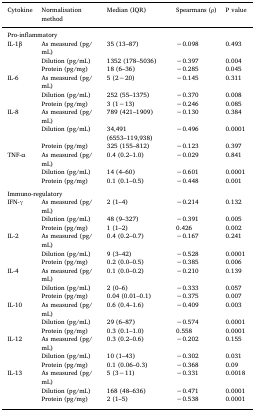
<table><thead><tr><td><b>Cytokine</b></td><td><b>Normalisation method</b></td><td><b>Median (IQR)</b></td><td><b>Spearmans (ρ)</b></td><td><b>P value</b></td></tr></thead><tbody><tr><td colspan="5">Pro-inflammatory</td></tr><tr><td rowspan="3">IL-1β</td><td>As measured (pg/mL)</td><td>35 (13–87)</td><td>−0.098</td><td>0.493</td></tr><tr><td>Dilution (pg/mL)</td><td>1352 (178–5036)</td><td>−0.397</td><td>0.004</td></tr><tr><td>Protein (pg/mg)</td><td>18 (6–36)</td><td>−0.285</td><td>0.045</td></tr><tr><td rowspan="3">IL-6</td><td>As measured (pg/mL)</td><td>5 (2−20)</td><td>−0.145</td><td>0.311</td></tr><tr><td>Dilution (pg/mL)</td><td>252 (55–1375)</td><td>−0.370</td><td>0.008</td></tr><tr><td>Protein (pg/mg)</td><td>3 (1−13)</td><td>−0.246</td><td>0.085</td></tr><tr><td rowspan="3">IL-8</td><td>As measured (pg/mL)</td><td>789 (421–1909)</td><td>−0.130</td><td>0.384</td></tr><tr><td>Dilution (pg/mL)</td><td>34,491 (6553–119,938)</td><td>−0.496</td><td>0.0001</td></tr><tr><td>Protein (pg/mg)</td><td>325 (155–812)</td><td>−0.123</td><td>0.397</td></tr><tr><td rowspan="3">TNF-α</td><td>As measured (pg/mL)</td><td>0.4 (0.2–1.0)</td><td>−0.029</td><td>0.841</td></tr><tr><td>Dilution (pg/mL)</td><td>14 (4–60)</td><td>−0.601</td><td>0.0001</td></tr><tr><td>Protein (pg/mg)</td><td>0.1 (0.1–0.5)</td><td>−0.448</td><td>0.001</td></tr><tr><td colspan="5">  </td></tr><tr><td colspan="5">Immuno-regulatory</td></tr><tr><td rowspan="3">IFN-γ</td><td>As measured (pg/mL)</td><td>2 (1–4)</td><td>−0.214</td><td>0.132</td></tr><tr><td>Dilution (pg/mL)</td><td>48 (9–327)</td><td>−0.391</td><td>0.005</td></tr><tr><td>Protein (pg/mg)</td><td>1 (1–2)</td><td>0.426</td><td>0.002</td></tr><tr><td rowspan="3">IL-2</td><td>As measured (pg/mL)</td><td>0.4 (0.2–0.7)</td><td>−0.167</td><td>0.241</td></tr><tr><td>Dilution (pg/mL)</td><td>9 (3–42)</td><td>−0.528</td><td>0.0001</td></tr><tr><td>Protein (pg/mg)</td><td>0.2 (0.0–0.5)</td><td>−0.385</td><td>0.006</td></tr><tr><td rowspan="3">IL-4</td><td>As measured (pg/mL)</td><td>0.1 (0.0–0.2)</td><td>−0.210</td><td>0.139</td></tr><tr><td>Dilution (pg/mL)</td><td>2 (0–6)</td><td>−0.333</td><td>0.057</td></tr><tr><td>Protein (pg/mg)</td><td>0.04 (0.01–0.1)</td><td>−0.375</td><td>0.007</td></tr><tr><td rowspan="3">IL-10</td><td>As measured (pg/mL)</td><td>0.6 (0.4–1.6)</td><td>−0.409</td><td>0.003</td></tr><tr><td>Dilution (pg/mL)</td><td>29 (6–87)</td><td>−0.574</td><td>0.0001</td></tr><tr><td>Protein (pg/mg)</td><td>0.3 (0.1–1.0)</td><td>0.558</td><td>0.0001</td></tr><tr><td rowspan="3">IL-12</td><td>As measured (pg/mL)</td><td>0.3 (0.2–0.6)</td><td>−0.202</td><td>0.155</td></tr><tr><td>Dilution (pg/mL)</td><td>10 (1–43)</td><td>−0.302</td><td>0.031</td></tr><tr><td>Protein (pg/mg)</td><td>0.1 (0.06–0.3)</td><td>−0.368</td><td>0.09</td></tr><tr><td rowspan="3">IL-13</td><td>As measured (pg/mL)</td><td>5 (3−11)</td><td>−0.331</td><td>0.0018</td></tr><tr><td>Dilution (pg/mL)</td><td>168 (48–636)</td><td>−0.471</td><td>0.0001</td></tr><tr><td>Protein (pg/mg)</td><td>2 (1–5)</td><td>−0.538</td><td>0.0001</td></tr></tbody></table>